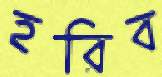
হরিব